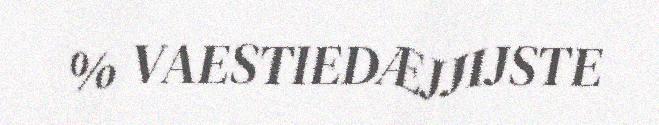
% VAESTIEDÆJJIJSTE